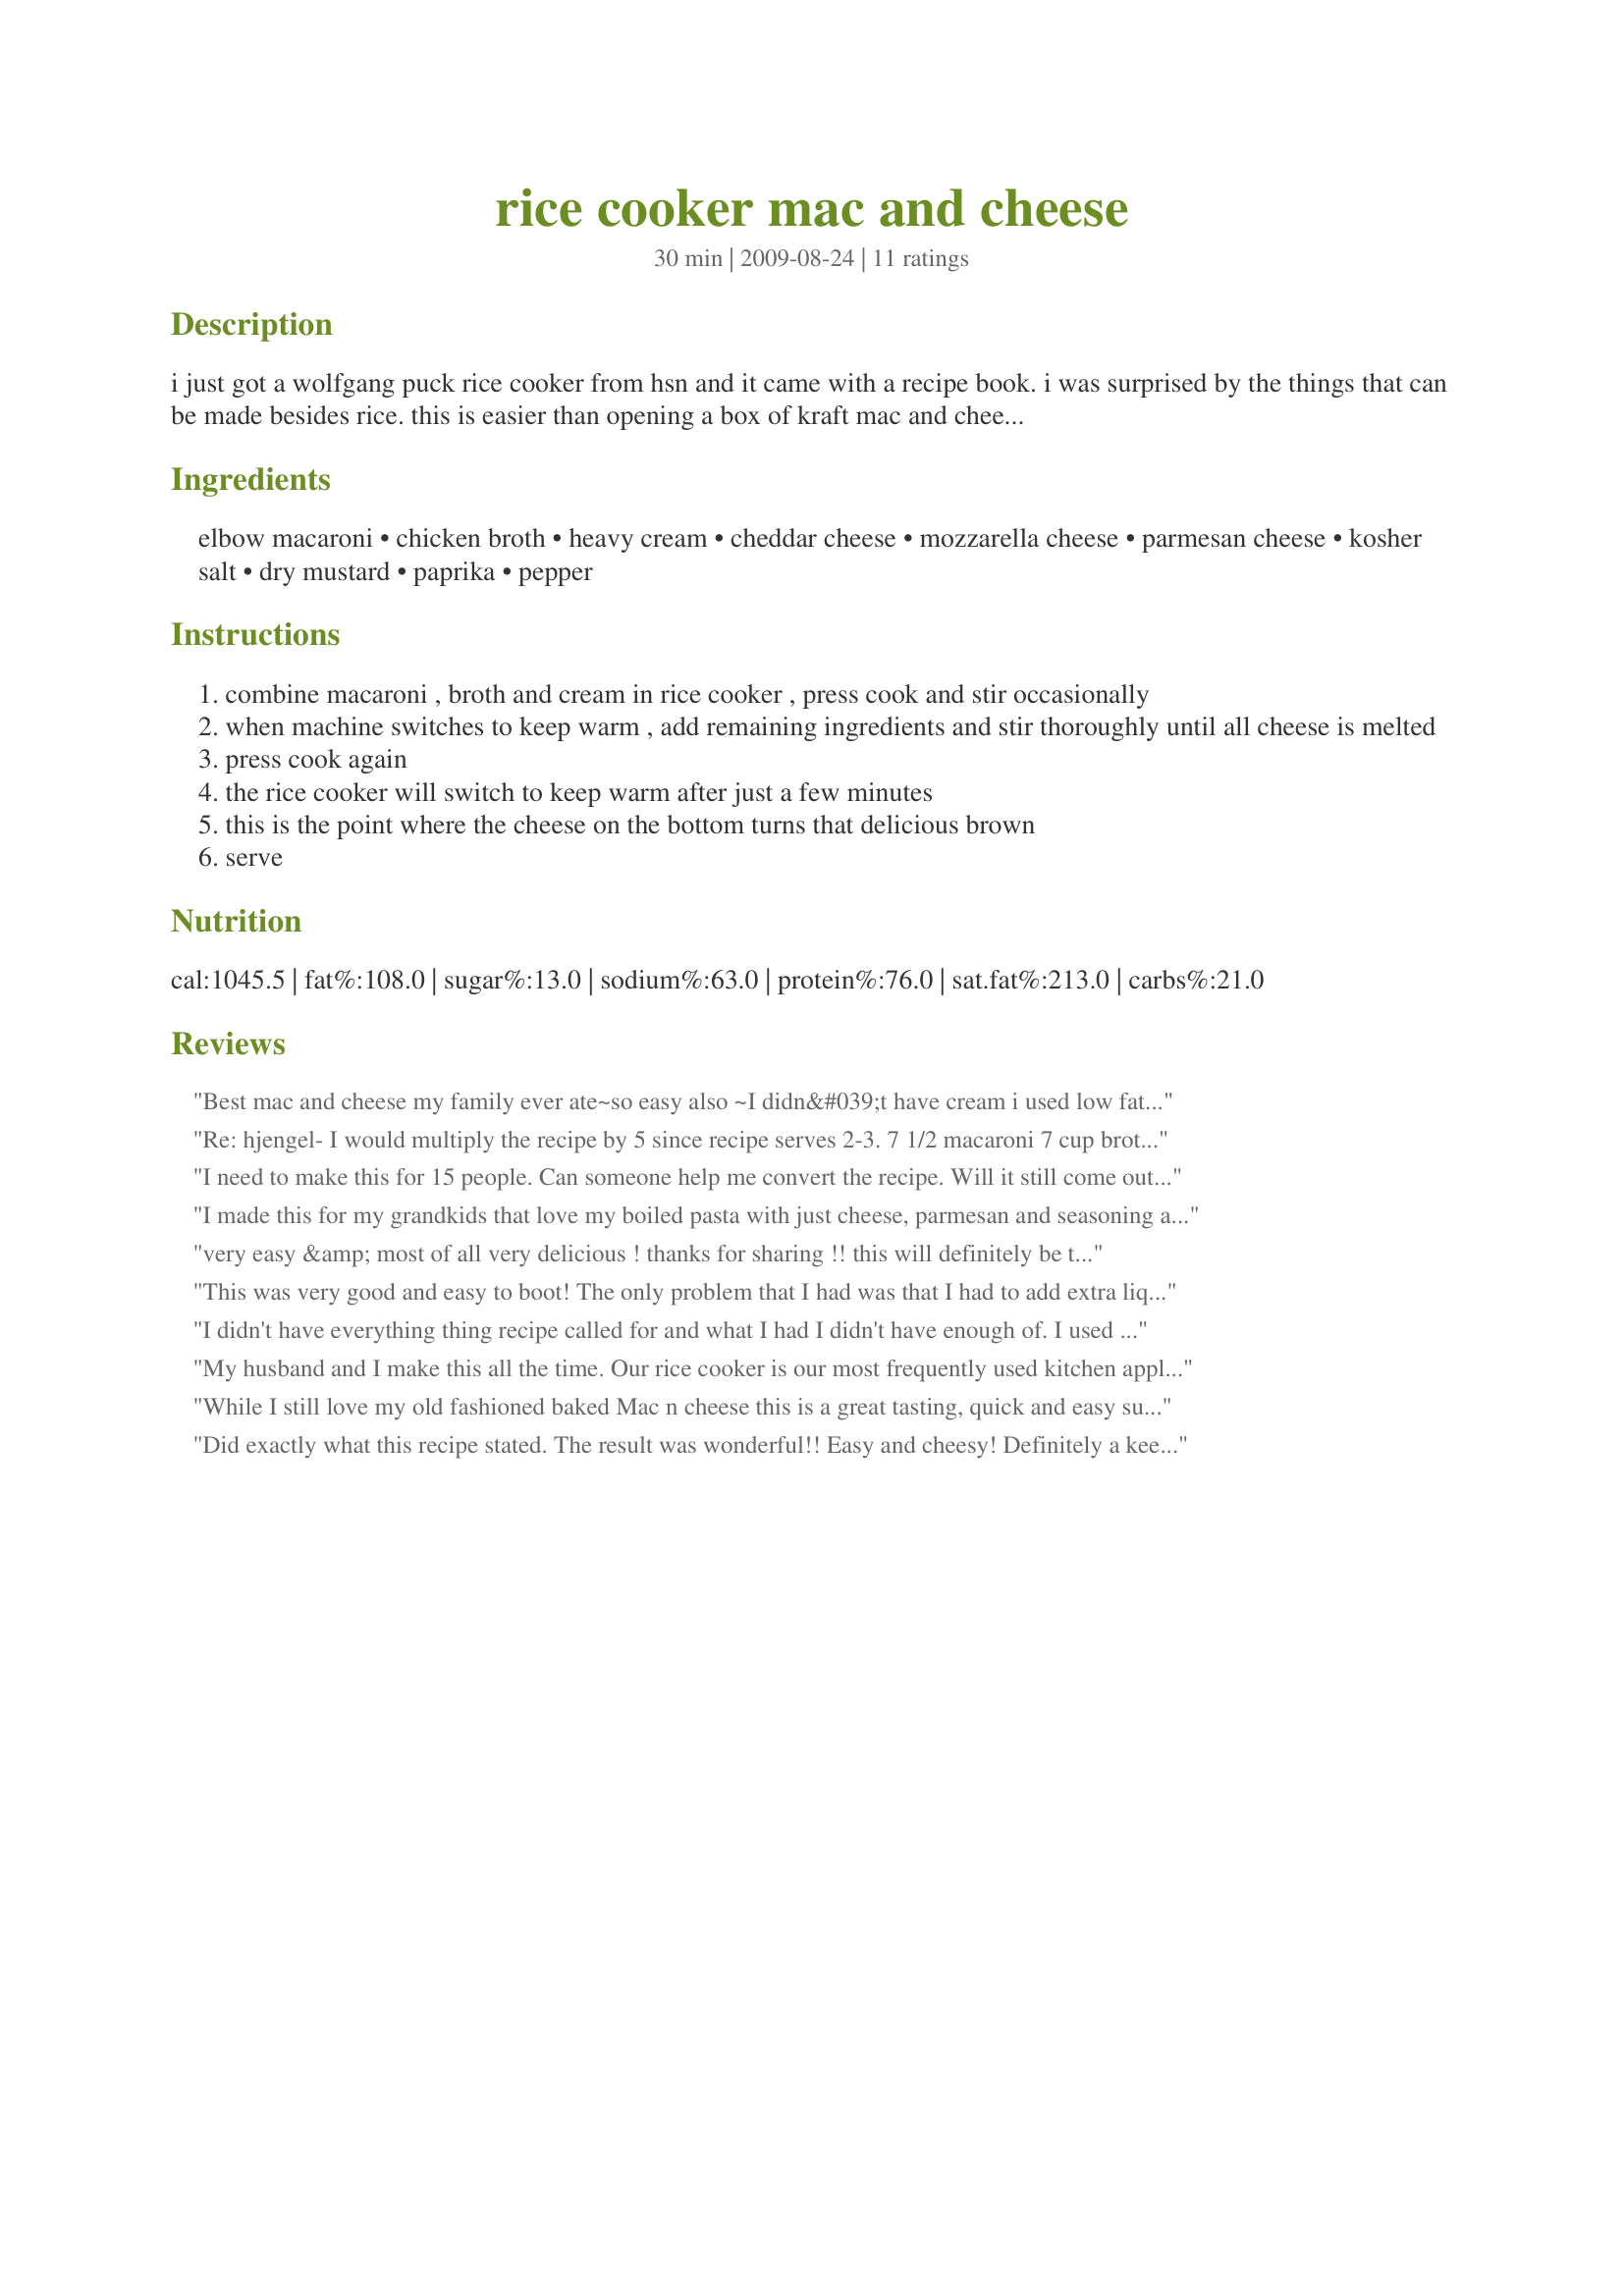
rice cooker mac and cheese
Preparation time: 30 minutes

i just got a wolfgang puck rice cooker from hsn and it came with a recipe book. i was surprised by the things that can be made besides rice. this is easier than opening a box of kraft mac and cheese and sooooooooo much better too.

Ingredients:
elbow macaroni, chicken broth, heavy cream, cheddar cheese, mozzarella cheese, parmesan cheese, kosher salt, dry mustard, paprika, pepper

Steps:
combine macaroni , broth and cream in rice cooker , press cook and stir occasionally
when machine switches to keep warm , add remaining ingredients and stir thoroughly until all cheese is melted
press cook again
the rice cooker will switch to keep warm after just a few minutes
this is the point where the cheese on the bottom turns that delicious brown
serve

Reviews:
Best mac and cheese my family ever ate~so easy also ~I didn&#039;t have cream i used low fat milk ,,still wonderful!!
Re: hjengel- I would multiply the recipe by 5 since recipe serves 2-3.
7 1/2 macaroni
7 cup broth
And so on.
Hope that helps.
I need to make this for 15 people. Can someone help me convert the recipe. Will it still come out in the rice cooker. I have a big one.
I made this for my grandkids that love my boiled pasta with just cheese, parmesan and seasoning added to it. I thought for sure it would be a hit plus fun to make with them too. All three of them said they didn&#039;t really care for it. I thought it was okay.
very easy &amp; most of all very delicious ! thanks for sharing !! this will definitely be the way I cook macncheese from now on
This was very good and easy to boot! The only problem that I had was that I had to add extra liquid while the macaroni was cooking....I suspect that my inexpensive rice cooker runs hot, though, so others may not have that problem. I also used 2% evaporated milk instead of the heavy cream, just because we try to make an effort to watch our fat intake and the cheese made it rich enough! A good, convenient recipe that was fun to try! Thanks, PA Cindy!
I didn't have everything thing recipe called for and what I had I didn't have enough of. I used equal parts water, cheese, and pasta, then a half part of milk, and salt, pepper, and tabasco sauce for flavor. It was awesome and I only had one thing to clean when it was over. Plus I love making a personal size so there are no leftovers.
My husband and I make this all the time. Our rice cooker is our most frequently used kitchen appliance and mac &amp; cheese is his favorite food, so it works out well.
While I still love my old fashioned baked Mac n cheese this is a great tasting, quick and easy substitute. I added a little cayenne pepper and used low fat canned milk as that was I had on hand. I loved that it fit perfectly in my small 6 cup rice cooker. Will definitely make this again especially on hot days when I don&#039;t want to turn on the oven.
Did exactly what this recipe stated. The result was wonderful!! Easy and cheesy! Definitely a keeper!
Made this for the PARTY event. I used 2 tsp Chicken Base mixed with 1 1/2 cup of hot water instead of the broth, and because of this did NOT add any salt. Since I have been on a hunt for a really good Mac and Cheese my DGS would flip over, I have determined this is the easiest and BEST Mac and Cheese I have made. Thank You for posting this recipe.
